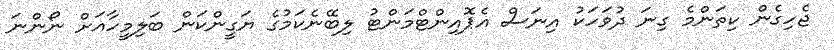
ޖެހިގެން ކިތަންމެ ގިނަ ދުވަހަކު އިނަސް އެޕޮއިންޓްމަންޓު ލިބޭނެކަމުގެ ޔަގީންކަން ބަލިމީހާއަށް ނޯންނަ